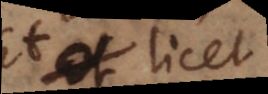
Et licet